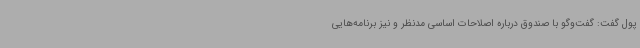
پول گفت: گفت‌وگو با صندوق درباره اصلاحات اساسی مدنظر و نیز برنامه‌هایی